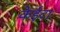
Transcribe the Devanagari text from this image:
केईटा